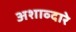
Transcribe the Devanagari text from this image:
अशाव्दारे